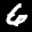
Label: 6